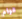
قوام